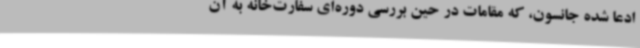
ادعا شده جانسون، که مقامات در حین بررسی دوره‌ای سفارت‌خانه به آن